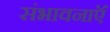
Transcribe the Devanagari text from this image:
संभावनाऍं